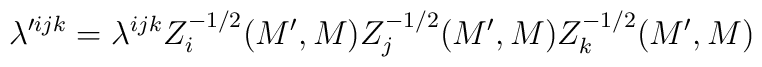
\lambda'^{ijk} = \lambda^{ijk} Z_i^{-1/2}(M', M)        Z_j^{-1/2}(M', M) Z_k^{-1/2}(M', M)